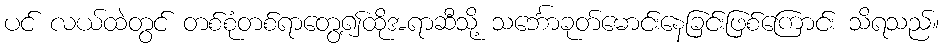
ပင် လယ်ထဲတွင် တစ်စုံတစ်ရာတွေ့၍ထိုအရာဆီသို့ သင်္ဘောခုတ်မောင်းနေခြင်းဖြစ်ကြောင်း သိရသည်။